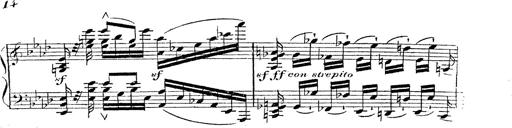
Title: 12 Lieder von Franz Schubert
Composer: Franz Liszt